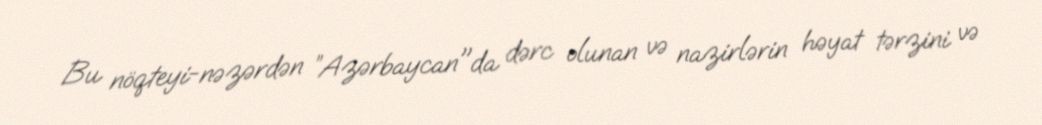
Bu nöqteyi-nəzərdən ”Azərbaycan"da dərc olunan və nazirlərin həyat tərzini və